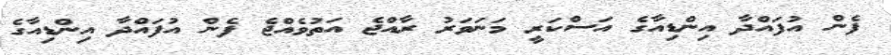
ފެން އުފައްދާ އިންޑިއާގެ އަސްކަރީ މަނަވަރު ރާއްޖެ އަތުވެއްޖެ ފެން އުފައްދާ އިންޑިއާގެ